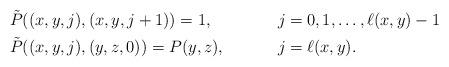
LaTeX: \begin{align*} &\tilde P((x,y,j),(x,y,j+1)) = 1, && j=0,1,\ldots,\ell(x,y)-1 \\ &\tilde P((x,y,j),(y,z,0)) = P(y,z), && j = \ell(x,y). \end{align*}